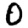
Digit: 0